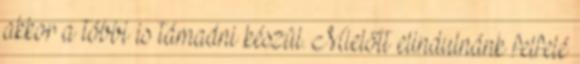
akkor a többi is támadni készül. Mielőtt elindulnánk felfelé